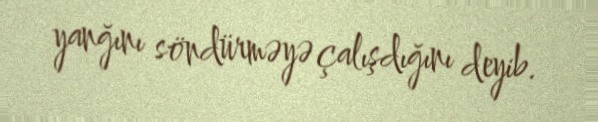
yanğını söndürməyə çalışdığını deyib.